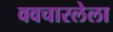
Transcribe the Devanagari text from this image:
ववचारलेला